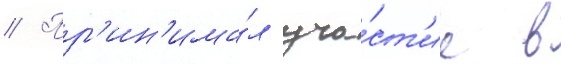
// Пр'ин'има́л уча́ст'ие в